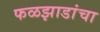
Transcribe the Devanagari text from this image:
फळझाडांचा